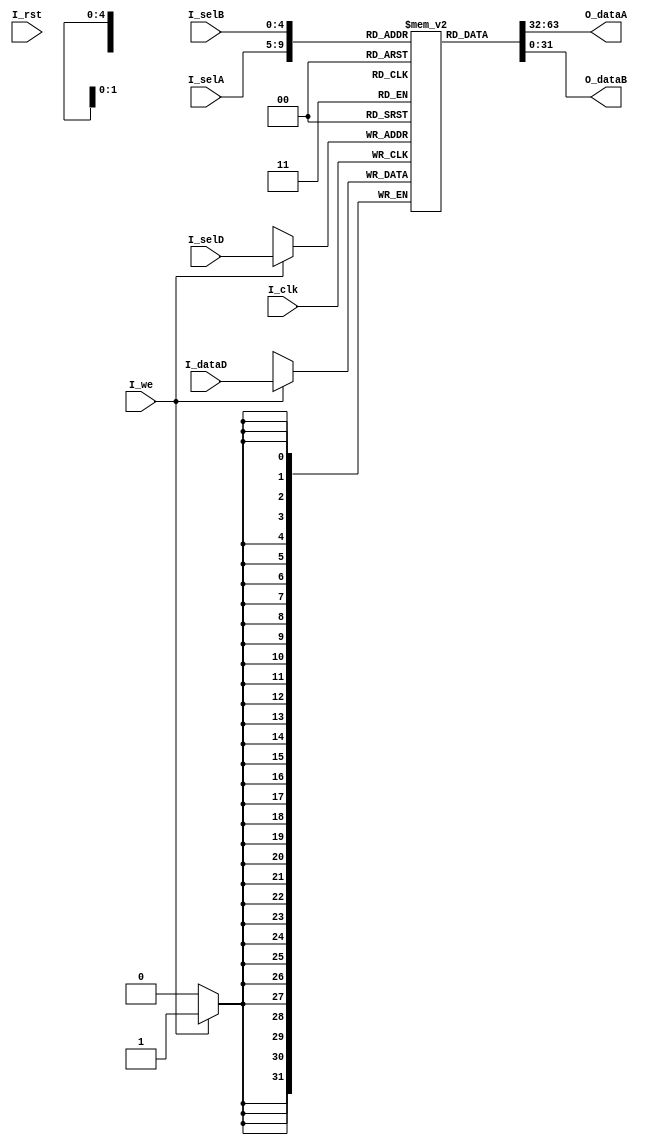
module ceespu_regfile(
         input I_clk,  // clock
         input I_rst,  // reset
         input [4:0] I_selA,
         input [4:0] I_selB,
         input I_we,
         input [4:0] I_selD,
         input [31:0] I_dataD,
         output [31:0] O_dataA,
         output [31:0] O_dataB
       );

reg [31:0] regfile [31:0];

assign O_dataA = regfile[I_selA];
assign O_dataB = regfile[I_selB];

/* Sequential Logic */
always @(posedge I_clk) begin
  if (I_we) begin
    $display("%d = %d, out is now %d at %d", I_selD, I_dataD, O_dataB, $time);
    regfile[I_selD] <= I_dataD;
  end
end

reg [5:0] k;

initial begin
  for (k = 0; k <= 31; k = k + 1) begin
    regfile[k] = 0;
  end
  // initialize stack pointer
  regfile[18] = 32'h0000DFFF;
end

endmodule